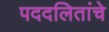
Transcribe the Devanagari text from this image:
पददलितांचे